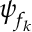
\boldsymbol \psi _ { f _ { k } }